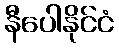
နီပေါနိုင်ငံ